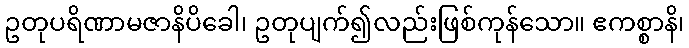
ဥတုပရိဏာမဇာနိပိခေါ၊ ဥတုပျက်၍လည်းဖြစ်ကုန်သော။ ဧကစ္စာနိ၊